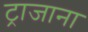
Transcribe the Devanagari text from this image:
ट्राजाना